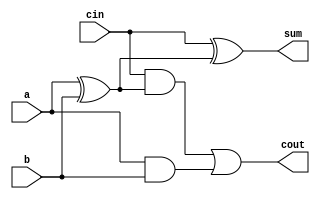
module add1 ( input a, input b, input cin,   output sum, output cout );
    assign sum  = cin ^ ( a^ b);
    assign cout = (cin &(a^b)) | (a&b);
    
endmodule